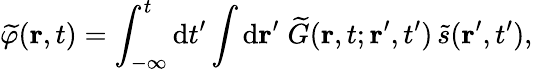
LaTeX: \widetilde{\varphi}(\mathbf{r},t)=\int_{-\infty}^{t}\mathrm{d}t^{\prime}\int\mathrm{d}\mathbf{r}^{\prime}\; \widetilde{G}(\mathbf{r},t;\mathbf{r}^{\prime},t^{\prime})\, \widetilde{s}(\mathbf{r}^{\prime},t^{\prime}),